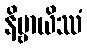
နိဗ္ဗာယိဿံ